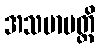
အသမာပတ္တိ